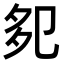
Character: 𭅹